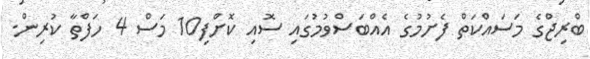
ބްރިޖްގެ މަސައްކަތް ފެށުމުގެ އެއްބަސްވުމުގައި ސޮއި ކޮށްފި10 މަސް 4 ހަފްތާ ކުރިން.